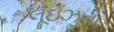
લૂઇઝના